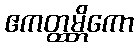
ဧကတ္ထမ္ဘိကော